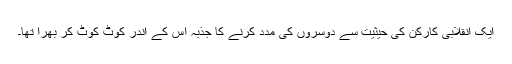
ایک انقلابی کارکن کی حیثیت سے دوسروں کی مدد کرنے کا جذبہ اس کے اندر کوٹ کوٹ کر بھرا تھا۔